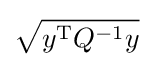
{\sqrt {y^{\mathrm {T} }Q^{-1}y}}